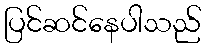
ပြင်ဆင်နေပါသည်